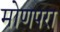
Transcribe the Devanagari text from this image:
मोणपरा